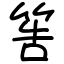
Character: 筶